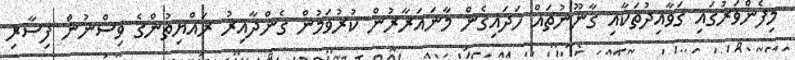
މިފެންވަރުގައި ގަވާއިދުތަކާއި ގާނޫނުތައް ހަދައިގެން މާނައަރާރުން ކުރުވަމުން ގެންދާއިރު ރައްޔިތުންގެ ވިސްނުން ފިސާރި